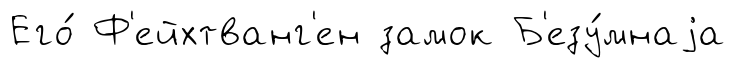
Его́ Ф'ейхтванг'ен замок Б'езу́мнаjа